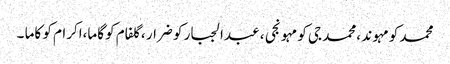
محمد کو مہوند ،محمد جی کو مہونجی ، عبدالجبار کو ضرار ،گلفام کو گاما،اکرام کو کاما ۔